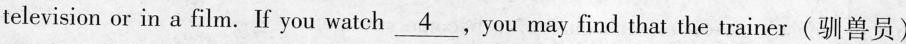
television or in a film. If you watch\underline{4}.You may find that the trainer(驯兽员)